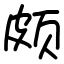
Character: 颇